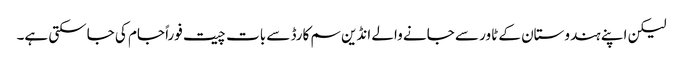
لیکن اپنے ہندوستان کے ٹاور سے جانے والے انڈین سم کارڈ سے بات چیت فوراً جام کی جاسکتی ہے۔